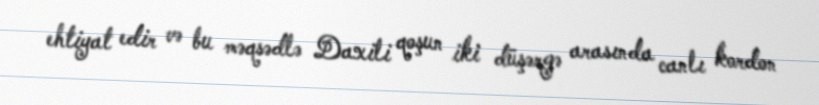
ehtiyat edir və bu məqsədlə Daxili qoşun iki düşərgə arasında canlı kordon